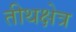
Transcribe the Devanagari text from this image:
तीथक्षेत्र